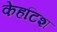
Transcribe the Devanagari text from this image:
केहटिश